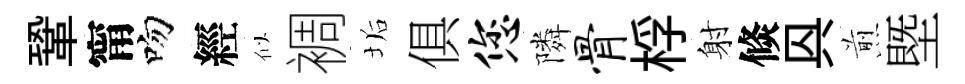
鞏甯吻經似裯垢俱您隣骨桴射倐㒷煎塈